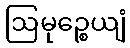
ဩမုဉ္စေယျံ